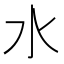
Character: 水